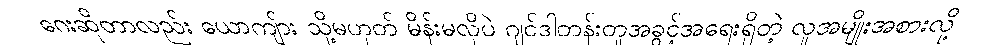
ဂေးဆိုတာလည်း ယောကျ်ား သို့မဟုတ် မိန်းမလိုပဲ ဂျင်ဒါတန်းတူအခွင့်အရေးရှိတဲ့ လူအမျိုးအစားလို့